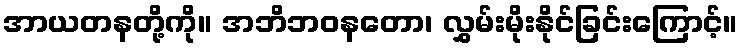
အာယတနတို့ကို။ အဘိဘဝနတော၊ လွှမ်းမိုးနိုင်ခြင်းကြောင့်။